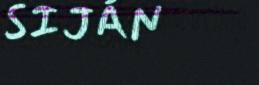
SIJÁN